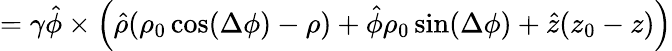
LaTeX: =\gamma\hat{\phi}\times\Big(\hat{\rho}(\rho_{0}\cos(\Delta\phi)-\rho)+\hat{\phi}\rho_{0}\sin(\Delta\phi)+\hat{z}(z_{0}-z)\Big)